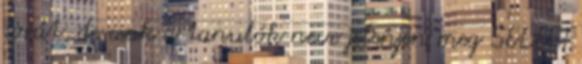
sorát, de csak a tanulók neve jelenjen meg SELECT